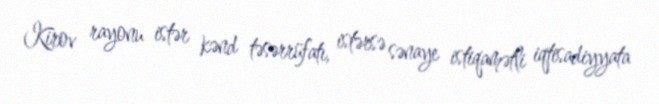
Kirov rayonu istər kənd təsərrüfatı, istərsə sənaye istiqamətli iqtisadiyyata